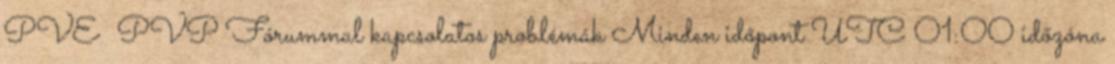
PVE PVP Fórummal kapcsolatos problémák Minden időpont UTC 01:00 időzóna